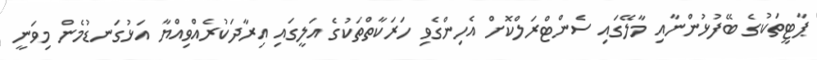
ޕާޓީތަކުގެ ބޭފުޅުންނާއި މާލޭގައި ސެންޓްރަލްކޮށް އެހިންގެވި ހަރަކާތްތަކުގެ އަލީގައި އިރާދަކުރެއްވިއްޔާ އަޅުގަނޑުމެން މިވަނީ